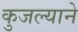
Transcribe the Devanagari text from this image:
कुजल्याने